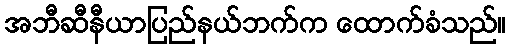
အဘီဆီနီယာပြည်နယ်ဘက်က ထောက်ခံသည်။